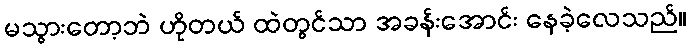
မသွားတော့ဘဲ ဟိုတယ် ထဲတွင်သာ အခန်းအောင်း နေခဲ့လေသည်။